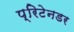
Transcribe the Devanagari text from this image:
प्रिटेनडर